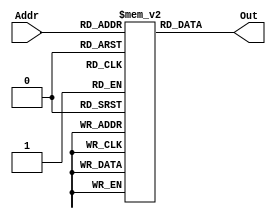

module im(
    input [11:2] Addr,
    output [31:0] Out
    );

	reg [31:0] IMem[1023:0];
	

	assign Out = IMem[Addr];

endmodule